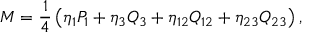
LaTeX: M = { \frac { 1 } { 4 } } \left( \eta _ { 1 } P _ { 1 } + \eta _ { 3 } Q _ { 3 } + \eta _ { 1 2 } Q _ { 1 2 } + \eta _ { 2 3 } Q _ { 2 3 } \right) ,